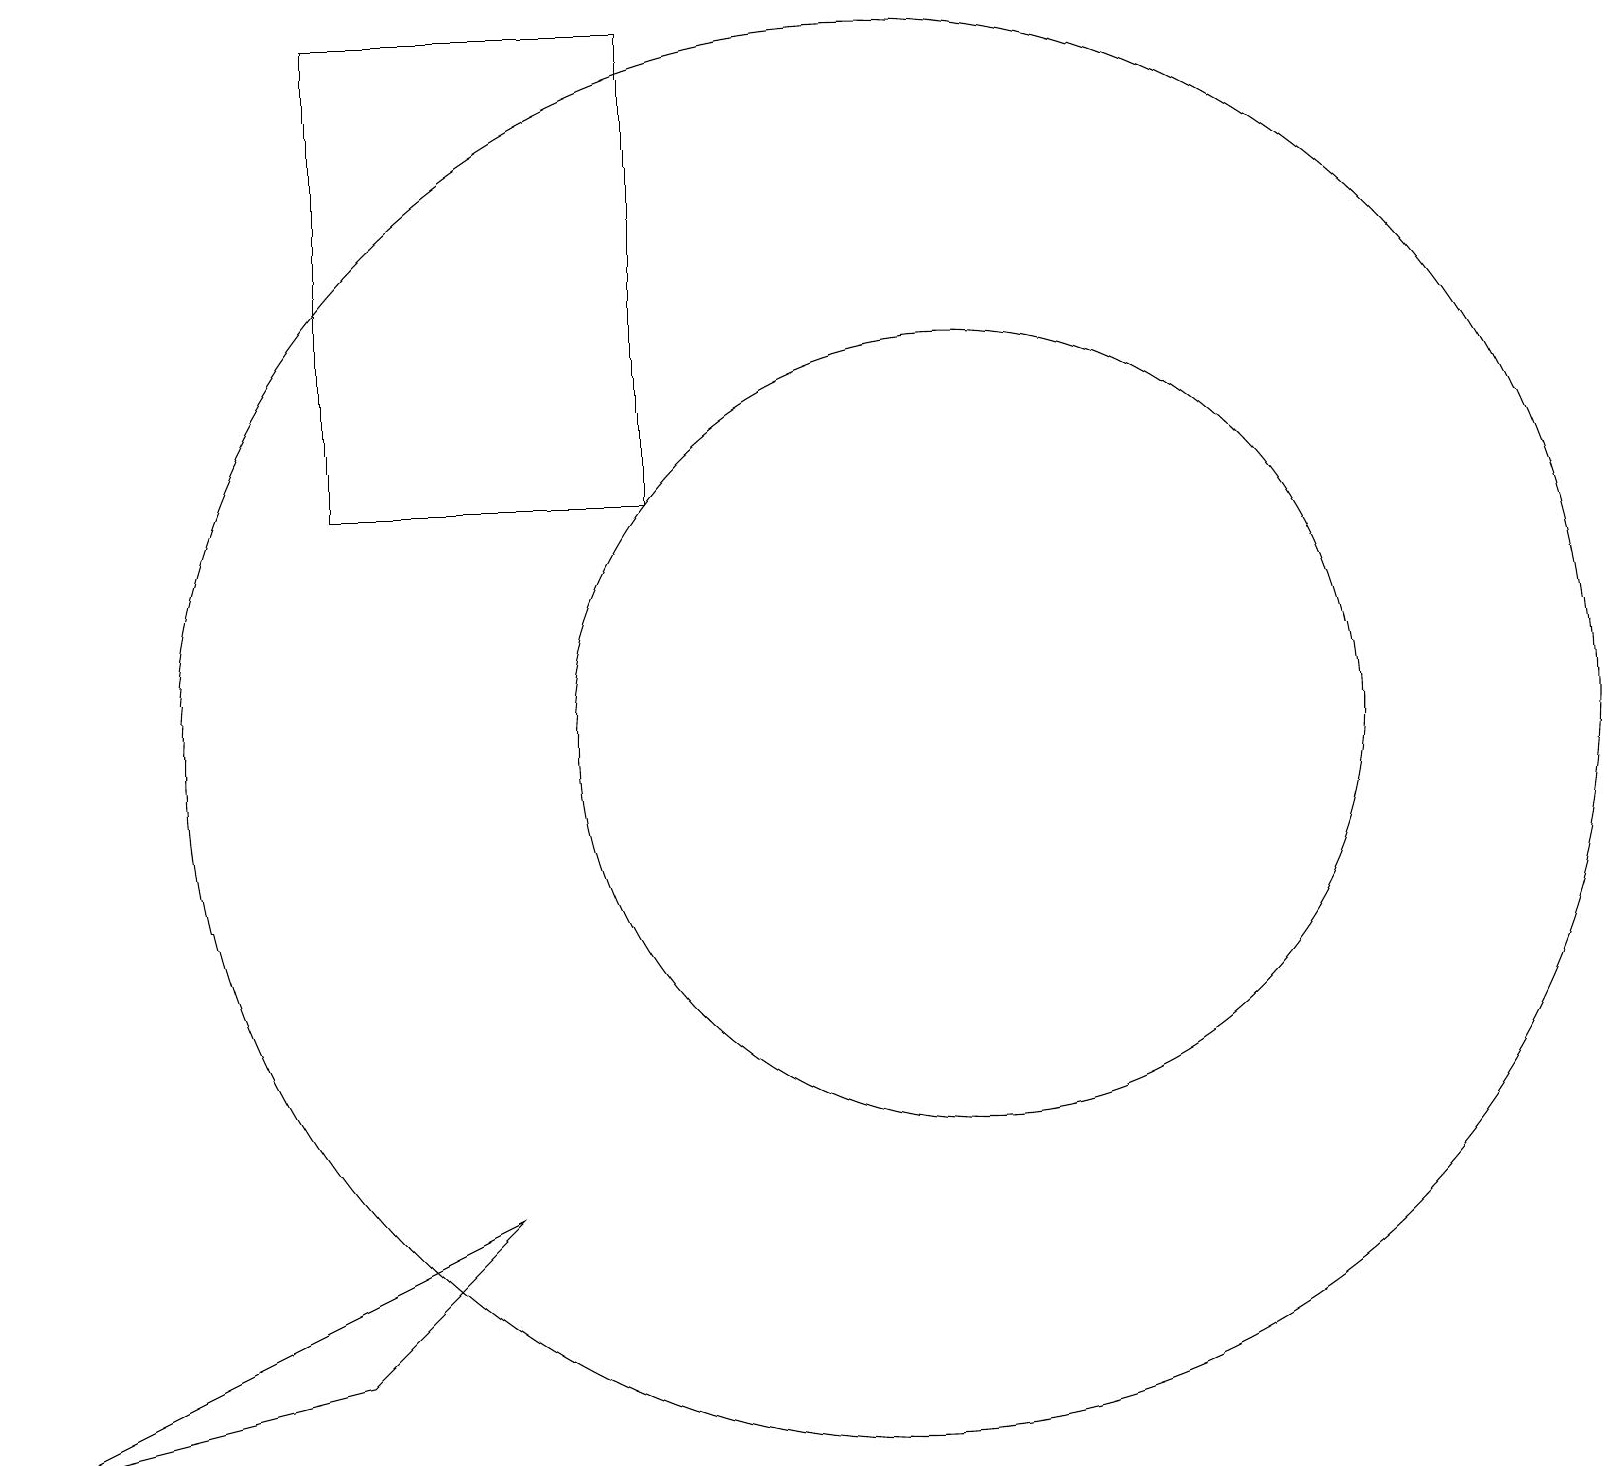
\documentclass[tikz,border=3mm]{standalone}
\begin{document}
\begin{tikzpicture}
\draw (4,19) rectangle (8,13);
\draw (11,10) circle (9);
\draw (12,10) circle (5);
\draw (0,1) -- (6,4) -- (4,2) -- cycle;
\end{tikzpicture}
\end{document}